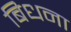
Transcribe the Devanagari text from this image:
बिधना